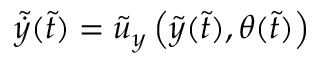
\tilde { \dot { y } } ( \tilde { t } ) = \tilde { u } _ { y } \left( \tilde { y } ( \tilde { t } ) , \theta ( \tilde { t } ) \right)